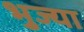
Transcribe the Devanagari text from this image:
भुज्या